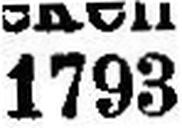
1793